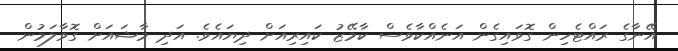
އޭނާގެ ރައްޓެހިން ގޮވައިގެން އަނެއްކާވެސް ކާމޭޒު ކައިރިއަށް ދިޔައެވެ. އަދި މާޝައަށް ގޮވާލަމުން